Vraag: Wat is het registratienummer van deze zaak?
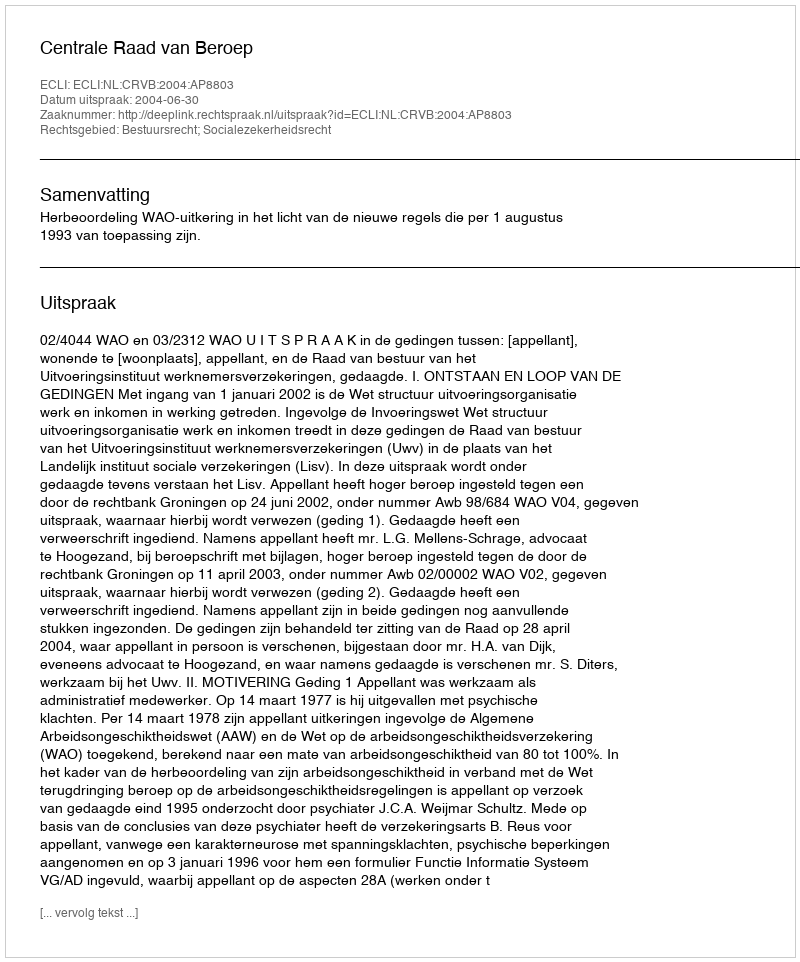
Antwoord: http://deeplink.rechtspraak.nl/uitspraak?id=ECLI:NL:CRVB:2004:AP8803